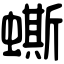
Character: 蟖